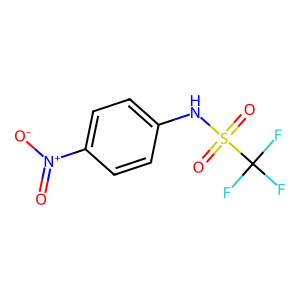
SMILES: O=[N+]([O-])c1ccc(NS(=O)(=O)C(F)(F)F)cc1
Inhibits HIV replication: No